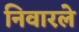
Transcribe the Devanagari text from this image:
निवारले